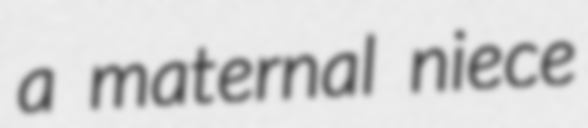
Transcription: a maternal niece